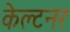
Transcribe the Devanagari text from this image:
केल्टनर